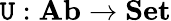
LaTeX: \mathtt{U}:{\textbf{{Ab}}}\to{\textbf{{Set}}}